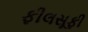
ફીલસૂફી